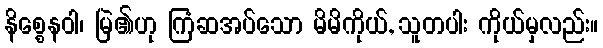
နိစ္စေနဝါ၊ မြဲ၏ဟု ကြံဆအပ်သော မိမိကိုယ်, သူတပါး ကိုယ်မှလည်း။